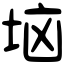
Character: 垴